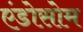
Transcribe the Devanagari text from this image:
एंडोसोम